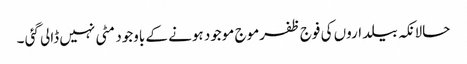
حالانکہ بیلداروں کی فوج ظفرموج موجود ہونے کے باوجود مٹی نہیں ڈالی گئی ۔